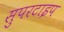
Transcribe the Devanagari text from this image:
सुपरटाइप